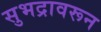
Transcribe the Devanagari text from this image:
सुभद्रावरून